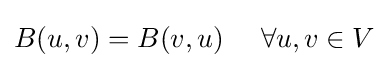
B(u,v)=B(v,u)\ \quad \forall u,v\in V